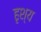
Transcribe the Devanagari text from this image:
हृश्य